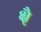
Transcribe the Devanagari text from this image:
क्षैृ